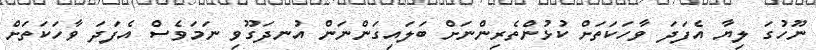
ނޫހުގަ ލިޔާ އެފަދަ ވާހަކަތަށް ކުޅުންތެރިންނަށް ބަލައިގަންނަން އުނދަގޫވި ނަމަވެސް އެފަދަ ވާހަކަތަށް